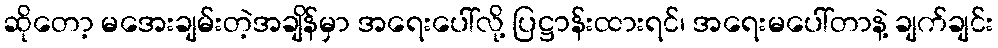
ဆိုတော့ မအေးချမ်းတဲ့အချိန်မှာ အရေးပေါ်လို့ ပြဋ္ဌာန်းထားရင်၊ အရေးမပေါ်တာနဲ့ ချက်ချင်း